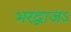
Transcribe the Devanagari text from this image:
भरद्वाजऽ